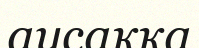
аусаққа